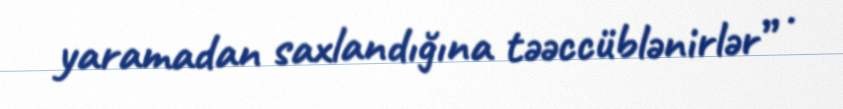
yaramadan saxlandığına təəccüblənirlər” .